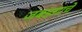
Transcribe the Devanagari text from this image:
जबडय़ाचे